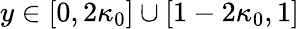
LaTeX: y\in[0,2\kappa_{0}]\cup[1-2\kappa_{0},1]